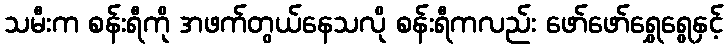
သမီးက စန်းရီကို အဖက်တွယ်နေသလို စန်းရီကလည်း ဖော်ဖော်ရွှေရွေနှင့်